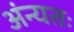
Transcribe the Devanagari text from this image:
अंन्यतः